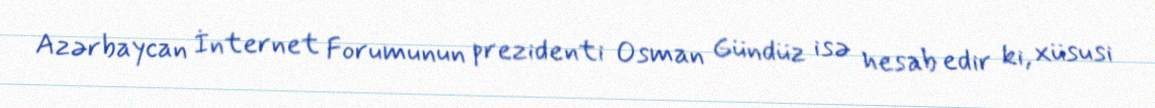
Azərbaycan İnternet Forumunun prezidenti Osman Gündüz isə hesab edir ki, xüsusi